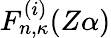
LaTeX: F_{n,\kappa}^{(i)}(Z\alpha)